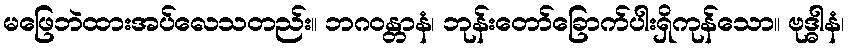
မဖြေဘဲထားအပ်လေသတည်း။ ဘဂဝန္တာနံ၊ ဘုန်းတော်ခြောက်ပါးရှိကုန်သော။ ဗုဒ္ဓါနံ၊